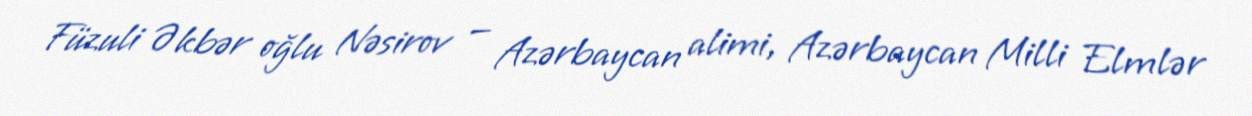
Füzuli Əkbər oğlu Nəsirov — Azərbaycan alimi, Azərbaycan Milli Elmlər